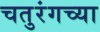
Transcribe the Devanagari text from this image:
चतुरंगच्या